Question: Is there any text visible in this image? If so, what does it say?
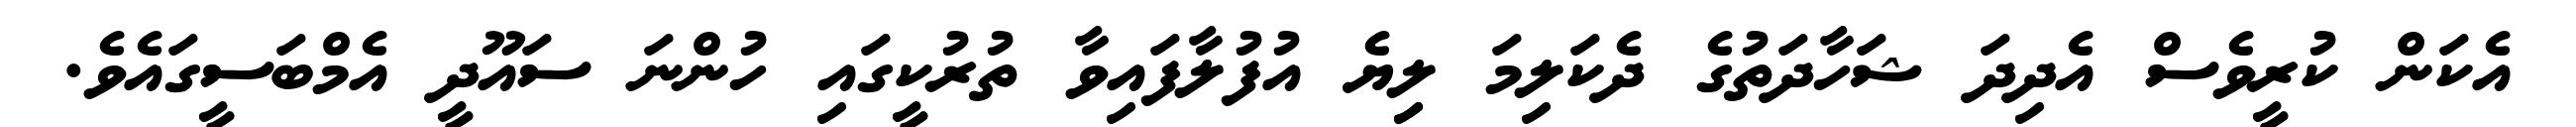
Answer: އެކަން ކުރީވެސް އެދިދަ ޝަހާދަތުގެ ދެކަލިމަ ލިިޔެ އުފުލާފައިވާ ތުރުކީގައި ހުންނަ ސައޫދީ އެމްބަސީގައެވެ.